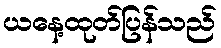
ယနေ့ထုတ်ပြန်သည်